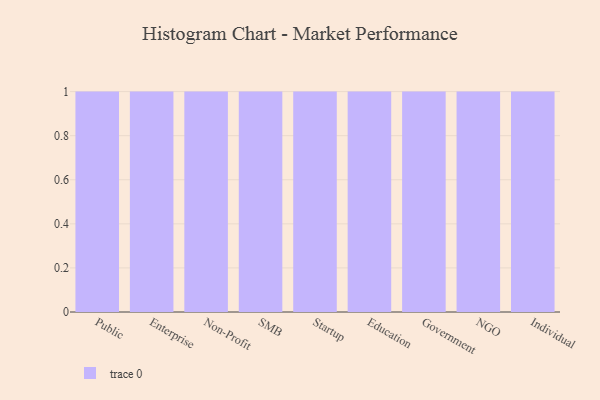
{"axis": {"x": "Segment", "y": "Production Output"}, "legend": [""], "data": [{"x": "Public", "y": 34, "type": ""}, {"x": "Enterprise", "y": 25, "type": ""}, {"x": "Non-Profit", "y": 94, "type": ""}, {"x": "SMB", "y": 92, "type": ""}, {"x": "Startup", "y": 64, "type": ""}, {"x": "Education", "y": 51, "type": ""}, {"x": "Government", "y": 68, "type": ""}, {"x": "NGO", "y": 8, "type": ""}, {"x": "Individual", "y": 53, "type": ""}]}